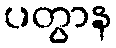
ပတွာန